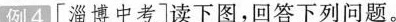
例4[淄博中考]读下图，回答下列问题。